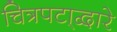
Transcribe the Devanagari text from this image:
चित्रपटा्द्वारे